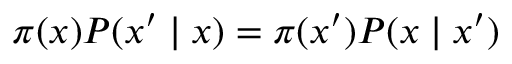
\pi ( x ) P ( x ^ { \prime } \mid x ) = \pi ( x ^ { \prime } ) P ( x \mid x ^ { \prime } )